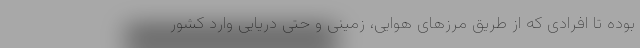
بوده تا افرادی که از طریق مرزهای هوایی، زمینی و حتی دریایی وارد کشور